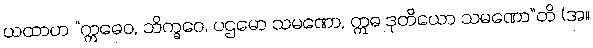
ယထာဟ “ဣဓေဝ, ဘိက္ခဝေ, ပဌမော သမဏော, ဣဓ ဒုတိယော သမဏော”တိ (အ။